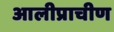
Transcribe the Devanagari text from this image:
आलीप्राचीण